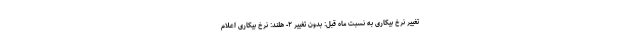
تغییر نرخ بیکاری به نسبت ماه قبل: بدون تغییر ۲- هلند: نرخ بیکاری اعلام